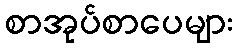
စာအုပ်စာပေများ